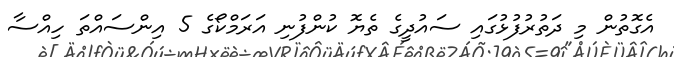
އެގޮތުން މި ދަތުރުފުޅުގައި ސައުދީގެ ތެޔޮ ކުންފުނި އަރަމްކޯގެ 5 އިންސައްތަ ހިއްސާ